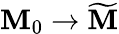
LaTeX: \mathbf{M}_{0}\to{\widetilde{{\mathbf{M}}}}